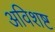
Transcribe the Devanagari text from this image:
अविशष्ट